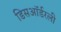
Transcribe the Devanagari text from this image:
डिसऑर्डरली